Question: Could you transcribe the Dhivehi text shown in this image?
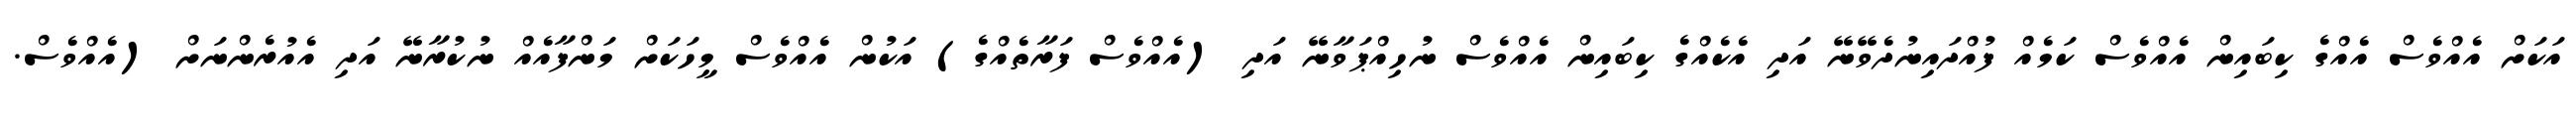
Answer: އަކަށް އެއްވެސް އެއްގެ ކިބައިން އެއްވެސް ކަމެއް ފުއްދައިނުދެވޭނޭ އަދި އެކެއްގެ ކިބައިން އެއްވެސް ނުހިއްޕަވާނޭ އަދި (އެއްވެސް ފަރާތެއްގެ) އަކުން އެއްވެސް މީހަކަށް މަންފާއެއް ނުކުރާނޭ އަދި އެއުރެންނަށް (އެއްވެސް.